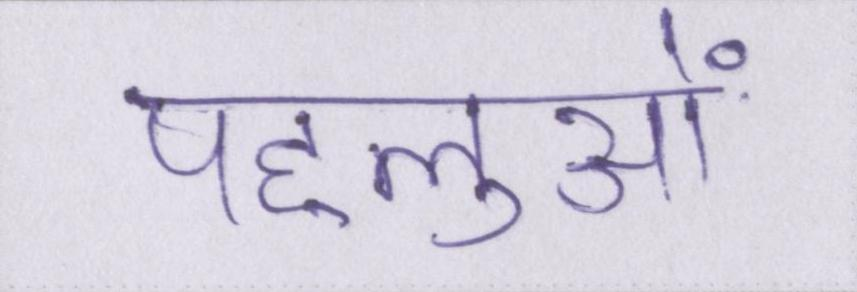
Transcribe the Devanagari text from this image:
पहलुओं